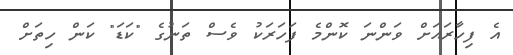
އެ ފިހާރައަށް ވަންނަ ކޮންމެ ފަހަރަކު ވެސް ތަނުގެ "ކަޑަ" ކަން ހިތަށް